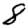
Digit: 8